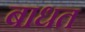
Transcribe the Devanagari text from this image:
बाधत